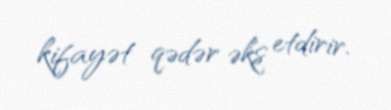
kifayət qədər əks etdirir.